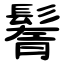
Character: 鬌